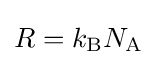
R=k_{\rm {B}}N_{\text{A}}